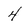
Character: 4